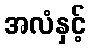
အလံနှင့်